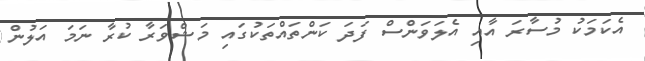
އެކަމަކު މުސާރަ އާއި އެލަވަންސް ފަދަ ކަންތައްތަކުގައި މަޝްވަރާ ކުރާ ނަމަ އަލުން